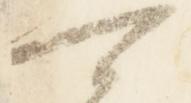
可